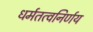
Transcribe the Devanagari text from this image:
धर्मतत्वनिर्णय